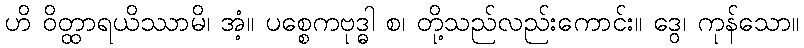
ဟိ ဝိတ္ထာရယိဿာမိ၊ အံ့။ ပစ္စေကဗုဒ္ဓါ စ၊ တို့သည်လည်းကောင်း။ ဒွေ၊ ကုန်သော။